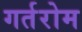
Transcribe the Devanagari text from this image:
गर्तरोम